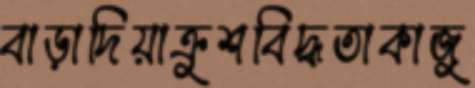
বাড়াদিয়াক্রুশবিদ্ধতাকাজু